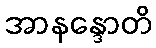
အာနန္ဒောတိ